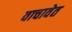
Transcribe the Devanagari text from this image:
वाचावेत